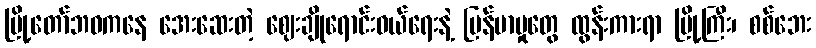
မြို့တော်ဘဝကနေ အေးဆေးတဲ့ ဈေးချိုရောင်းဝယ်ရေးနဲ့ မြန်မာမှုတွေ ထွန်းကားရာ မြို့ကြီး၊ စစ်ဘေး